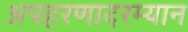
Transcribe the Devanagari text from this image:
अपहरणादरम्यान